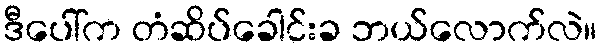
ဒီပေါ်က တံဆိပ်ခေါင်းခ ဘယ်လောက်လဲ။